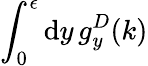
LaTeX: {\int_{0}^{\epsilon}\mathrm{d}y\, g_{y}^{D}(k)}